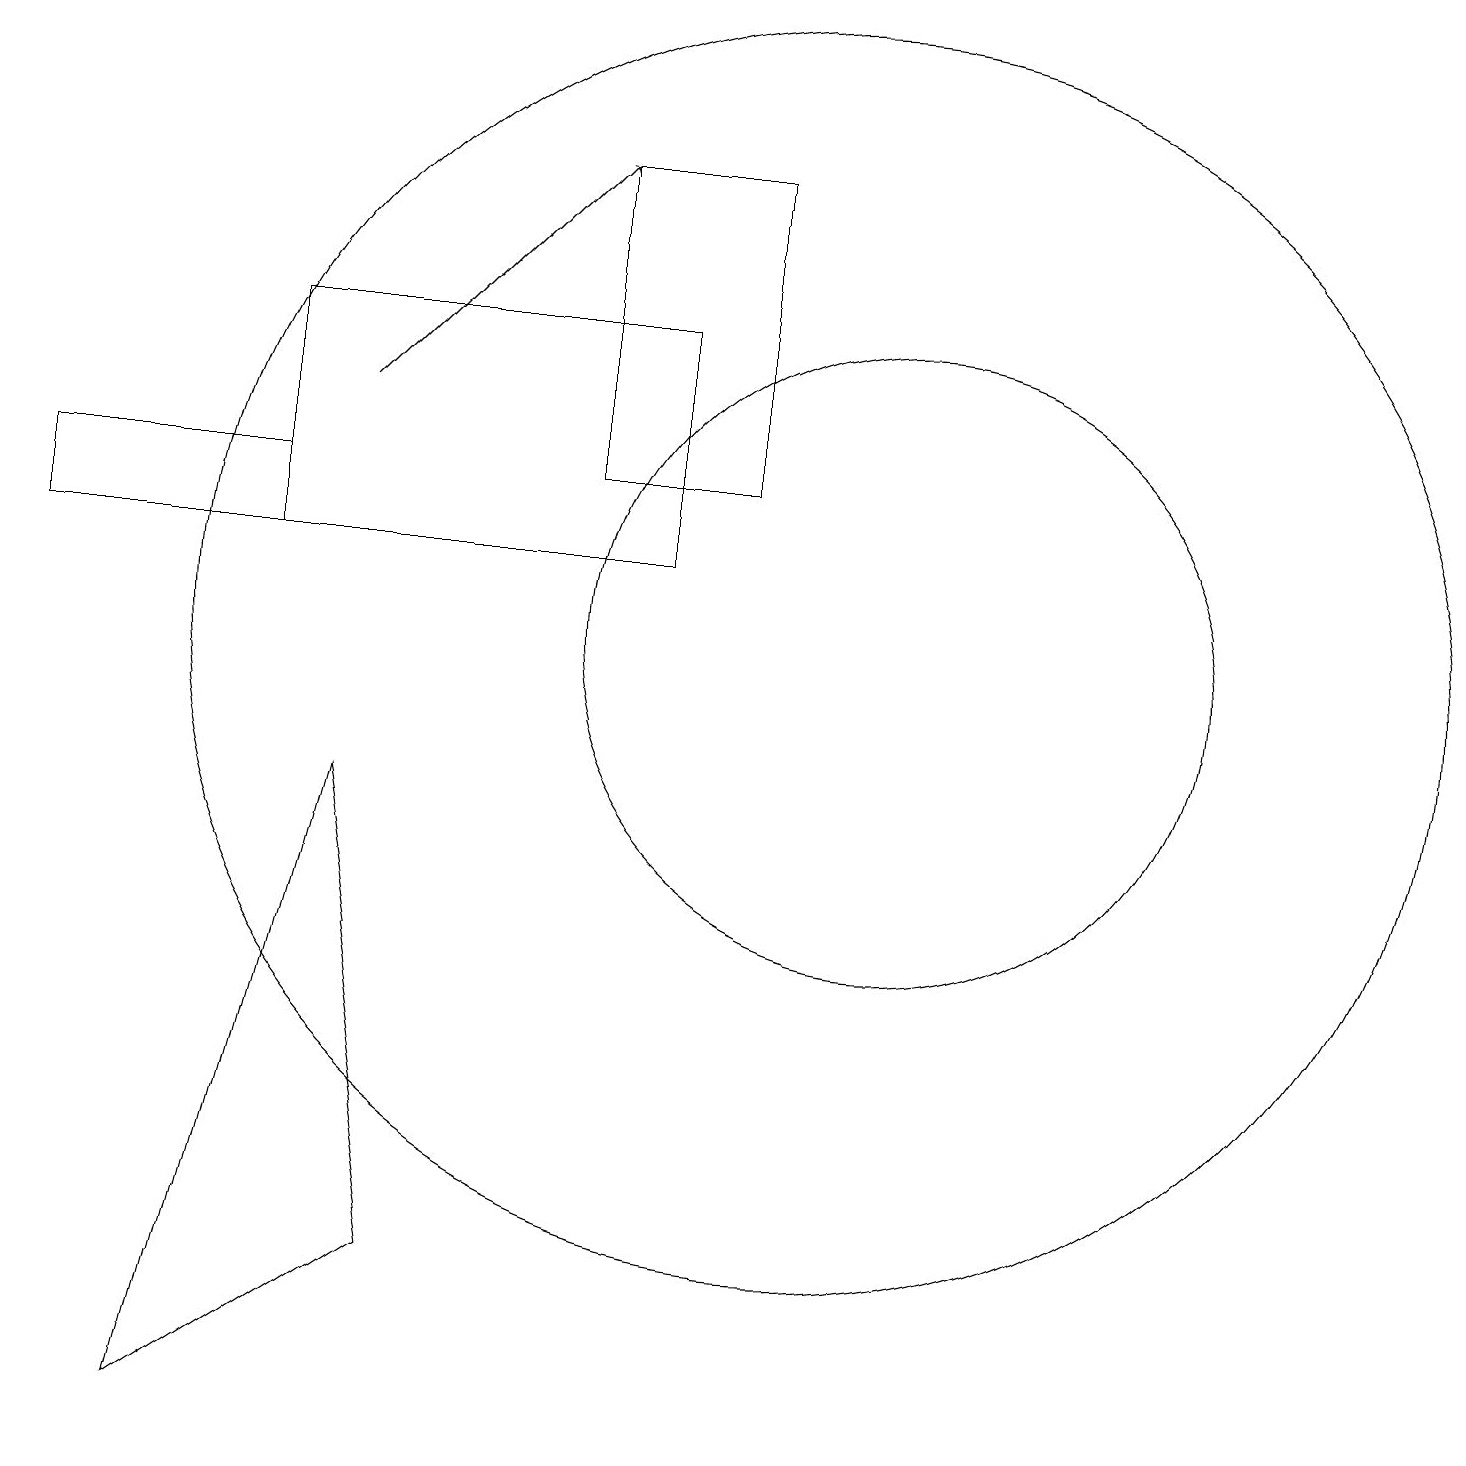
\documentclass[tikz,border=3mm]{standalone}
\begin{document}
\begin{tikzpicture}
\draw (3,15) rectangle (8,12);
\draw (9,13) rectangle (7,17);
\draw (11,11) circle (4);
\draw (10,11) circle (8);
\draw (2,1) -- (4,9) -- (5,3) -- cycle;
\draw[->] (4,14) -- (7,17);
\draw (3,12) rectangle (0,13);
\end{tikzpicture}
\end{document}